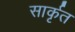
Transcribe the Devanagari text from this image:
सार्कृत